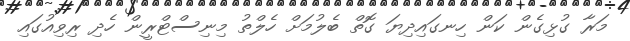
މަރާ ގުޅިގެން ކަން ހިނގައިދިޔަ ގޮތް ބެލުމަށް ހެލްތު މިނިސްޓްރީން ހެދި ރިވިއުގައި